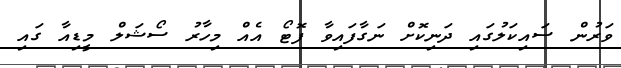
ވަރުން ސައިކަލުގައި ދަނިކޮށް ނަގާފައިވާ ފޮޓޯ އެއް މިހާރު ސޯޝަލް މީޑިއާ ގައި